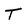
Character: T